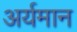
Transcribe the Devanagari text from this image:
अर्यमान